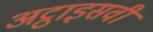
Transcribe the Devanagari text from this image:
अट्ठाइसवीं